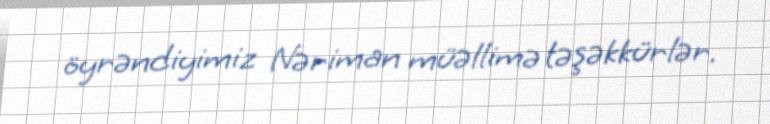
öyrəndiyimiz Nəriman müəllimə təşəkkürlər.